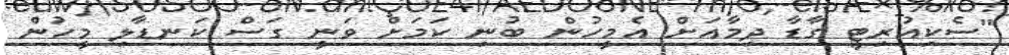
"ސެކިއުރިޓީ ގާޑާ ދިމާއަށް އެމީހުން ބުނި ކަމަށް ވަނީ ގަސް ކަނޑާލި މީހުން